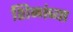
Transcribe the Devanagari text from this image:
शिळांच्या